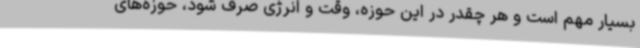
بسیار مهم است و هر چقدر در این حوزه، وقت و انرژی صرف شود، حوزه‌های